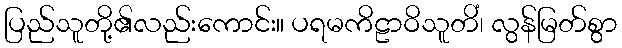
ပြည်သူတို့၏လည်းကောင်း။ ပရမကိဠာဝိသူတိံ၊ လွန်မြတ်စွာ